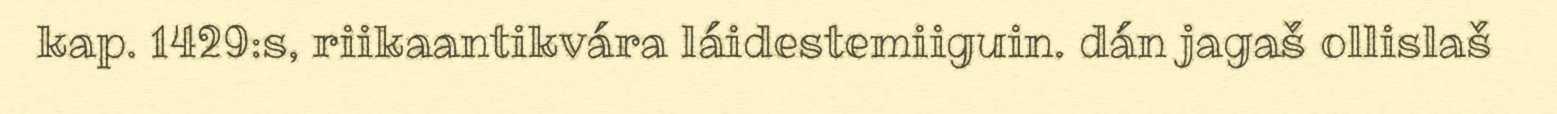
kap. 1429:s, riikaantikvára láidestemiiguin. dán jagaš ollislaš